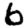
Digit: 6